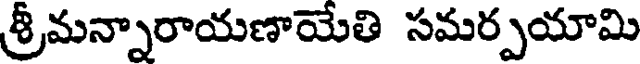
శ్రీమన్నారాయణాయేతి సమర్పయామి